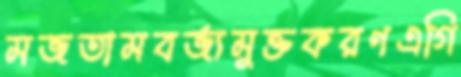
মজতামবর্জ্যমুক্তকরণএগি